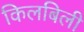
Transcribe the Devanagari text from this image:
किलबिली